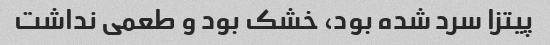
پیتزا سرد شده بود، خشک بود و طعمی نداشت